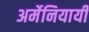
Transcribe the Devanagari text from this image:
अर्मेनियायी